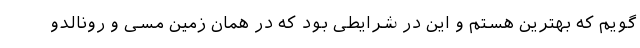
گویم که بهترین هستم و این در شرایطی بود که در همان زمین مسی و رونالدو